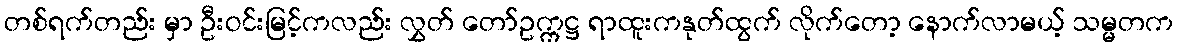
တစ်ရက်တည်း မှာ ဦးဝင်းမြင့်ကလည်း လွှတ် တော်ဥက္ကဋ္ဌ ရာထူးကနုတ်ထွက် လိုက်တော့ နောက်လာမယ့် သမ္မတက